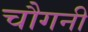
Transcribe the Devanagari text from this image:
चौगनी